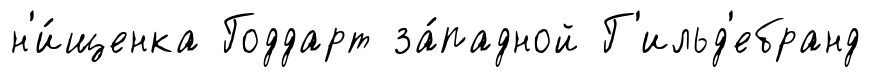
н'и́щенка Годдарт за́падной Г'ильд'ебранд